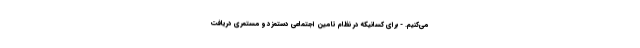
می‌کنیم. - برای کسانیکه در نظام تامین اجتماعی دستمزد و مستمری دریافت